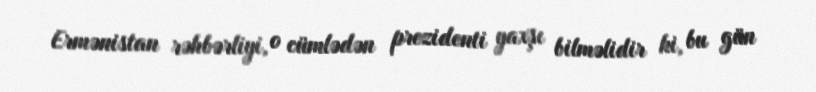
Ermənistan rəhbərliyi, o cümlədən prezidenti yaxşı bilməlidir ki, bu gün